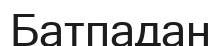
Батпадан